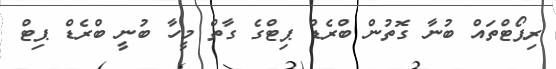
ރިޕޯޓްތައް ބުނާ ގޮތުން ބްރެޑް ޕިޓްގެ ގާތް މީހާ ބުނީ ބްރެޑް ޕިޓް